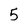
Character: 5